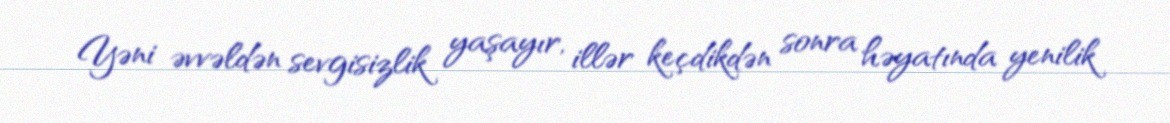
Yəni əvvəldən sevgisizlik yaşayır, illər keçdikdən sonra həyatında yenilik